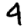
Digit: 4